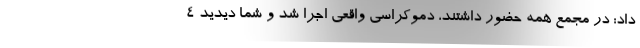
داد: در مجمع همه حضور داشتند، دموکراسی واقعی اجرا شد و شما دیدید ۴